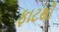
ફાટથી